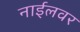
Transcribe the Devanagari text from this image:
नाईलवर